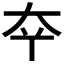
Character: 𫯟